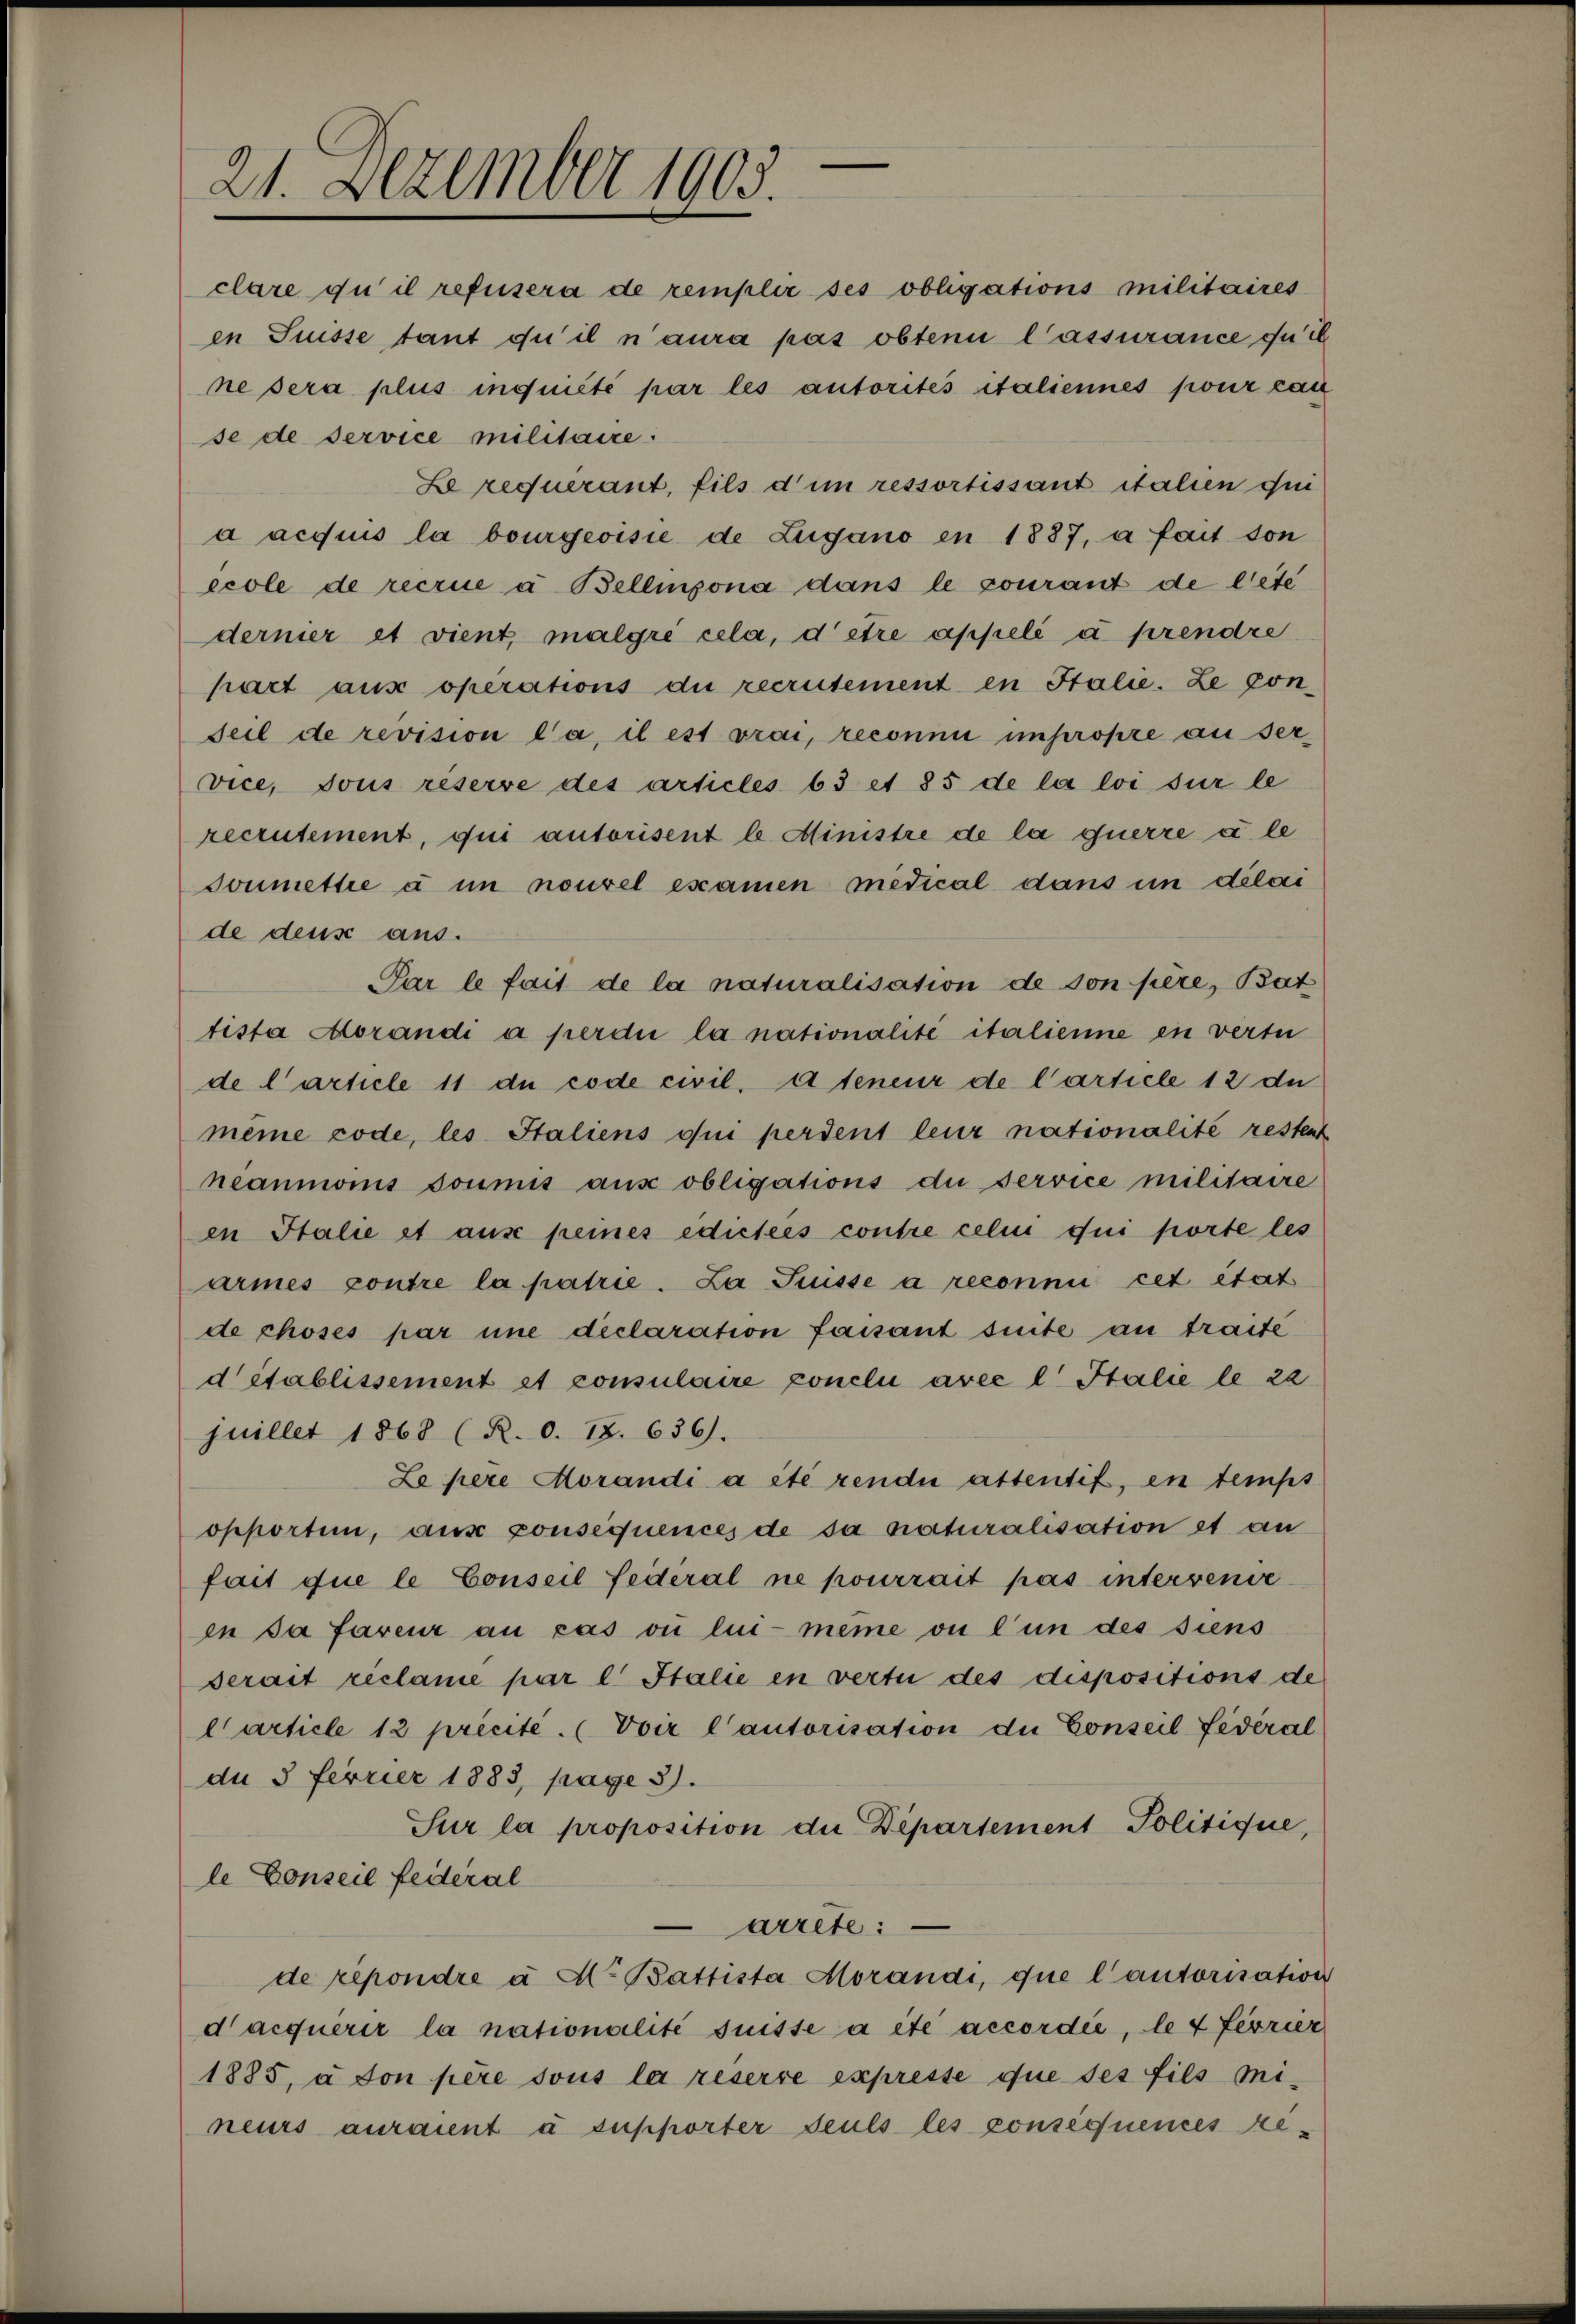
21. Dezember 1905.

clare du il refusera de remplir ses obligations militaires
en Suisse, tant qu’il n’aura pas obten lassurance quit
ne sera plus inquiété par les autorites italiennes pour cau
se de service militaire:
Le requirant, fils dim ressortissant italien qui
a acquis la bourgeoisie de Zugano en 1887, a fait son
ecole de recrue à Bellinzona dans le courant de lete
dernier et vient, malgré cela, d’être appelé à prendre
part aus operations die recrutement en Stalie. Le ponseil de revision da, il est vrai, reconnu unpropre auservice, sous réserve des articles 63 et 85 de la loi sur le
recrutement, qui autorisent le Ministre de la querre à le
soumettre à in nouvel examen medical dans in délai
de deus aus.
Par le fait de la naturalisation de son père, Bat
tista Aorandi a perdii la nationalité italienne en verte
de l’article 11 de code civil. 4 teneur de Carticle 12 du
même code, les Italiens qui perdent leur nationalité resten
heaumonis soumis aus obligations dei service militaire
en Italie et aus peines edictees contre celui qui porte les
armes contre la patrie. La Puisse à reconnii cet état
de choses par une declaration faisant suite an traite
d établissement et consulaire conclui avec l Italie le 22
juillet 1868 (R. 0. 18. 636.
Le pere Morandi a été rendii attentif, in temps
opporten, aus consequences de sa naturalisation et an
fait que le Conseil Federal ne pourrait pas intervenie
in sa faveur au cas ou lui-même ou l’un des siens
serait réclame par l. Italie in vertu des dispositions de
Carticle 12 précite. (voir l’autorisation die Conseil fédéral
de 3 ferrier 1883, pag. 3.
Sur la proposition die Departement Politique,
le Conseil feiteral
arrete:
de répondre à M. Battista Morandi, que l’autorisation
dacquerer la nationalité suisse a été accordée, le 4 Levrier
1885, à son père sous la reserre expresse que ses fils mi
neurs auraient à supporter seuls les conséquences re-